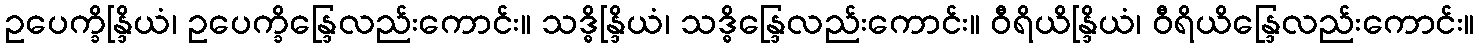
ဥပေက္ခိန္ဒြိယံ၊ ဥပေက္ခိန္ဒြေလည်းကောင်း။ သဒ္ဓိန္ဒြိယံ၊ သဒ္ဓိန္ဒြေလည်းကောင်း။ ဝီရိယိန္ဒြိယံ၊ ဝီရိယိန္ဒြေလည်းကောင်း။